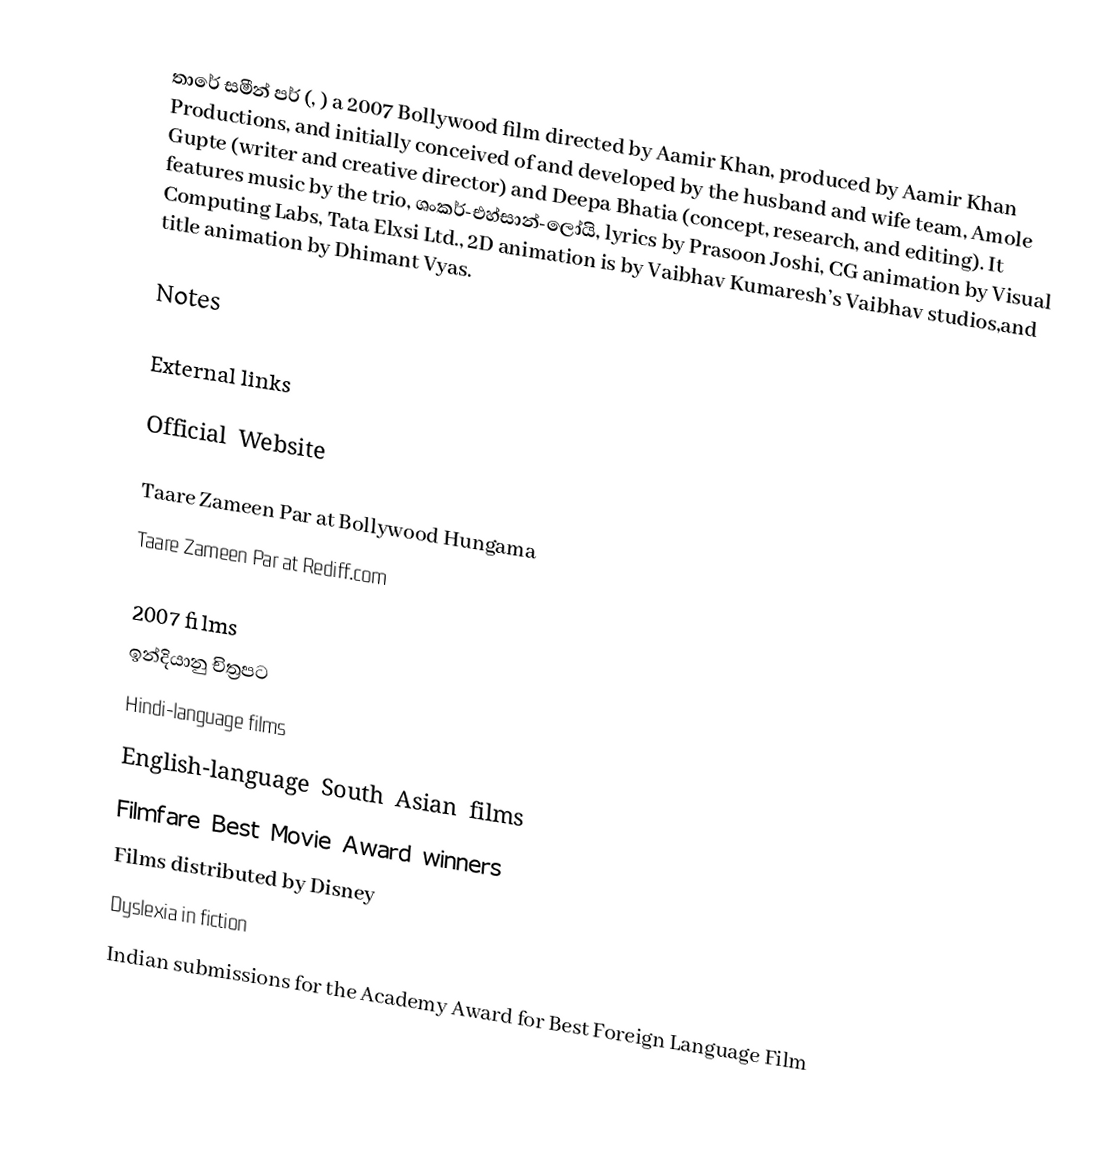
තාරේ සමීන් පර් (, ) a 2007 Bollywood film directed by Aamir Khan, produced by Aamir Khan Productions, and initially conceived of and developed by the husband and wife team, Amole Gupte (writer and creative director) and Deepa Bhatia (concept, research, and editing). It features music by the trio, ශංකර්-එහ්සාන්-ලෝයි, lyrics by Prasoon Joshi, CG animation by Visual Computing Labs, Tata Elxsi Ltd., 2D animation is by Vaibhav Kumaresh’s Vaibhav studios,and title animation by Dhimant Vyas.

Notes

External links

 Official Website

 Taare Zameen Par at Bollywood Hungama
 Taare Zameen Par at Rediff.com

2007 films
ඉන්දියානු චිත්‍රපට
Hindi-language films
English-language South Asian films
Filmfare Best Movie Award winners
Films distributed by Disney
Dyslexia in fiction
Indian submissions for the Academy Award for Best Foreign Language Film